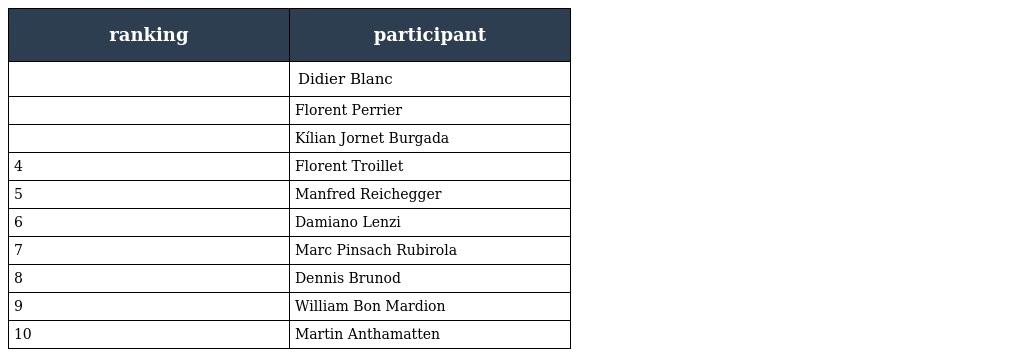
| ranking | participant |
 | --- | --- |
 |  | Didier Blanc |
 |  | Florent Perrier |
 |  | Kílian Jornet Burgada |
 | 4 | Florent Troillet |
 | 5 | Manfred Reichegger |
 | 6 | Damiano Lenzi |
 | 7 | Marc Pinsach Rubirola |
 | 8 | Dennis Brunod |
 | 9 | William Bon Mardion |
 | 10 | Martin Anthamatten |